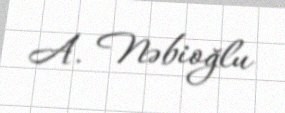
A. Nəbioğlu